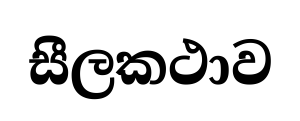
සීලකථාව